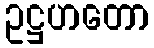
ဥဋ္ဌဟတော